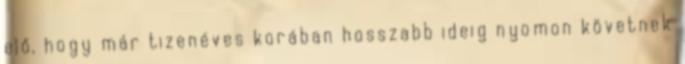
elő, hogy már tizenéves korában hosszabb ideig nyomon követnek